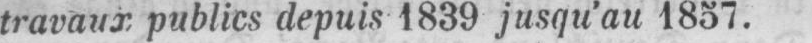
travaux publics depuis 1839 jusqu’au 1857.